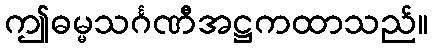
ဤဓမ္မသင်္ဂဏီအဋ္ဌကထာသည်။